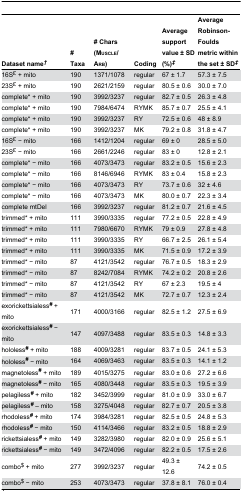
<table><thead><tr><td><b>Dataset name<sup><i>†</i></sup></b></td><td><b># Taxa</b></td><td><b># Chars (Muscle/ Arb)</b></td><td><b>Coding</b></td><td><b>Average support value ± SD (%)<sup><i>‡</i></sup></b></td><td><b>Average Robinson-Foulds metric within the set ± SD<sup><i>‡</i></sup></b></td></tr></thead><tbody><tr><td>16S<sup>£</sup> + mito</td><td>190</td><td>1371/1078</td><td>regular</td><td>67 ± 1.7</td><td>57.3 ± 7.5</td></tr><tr><td>23S<sup>£</sup> + mito</td><td>190</td><td>2621/2159</td><td>regular</td><td>80.5 ± 0.6</td><td>30.0 ± 7.0 </td></tr><tr><td>complete* + mito</td><td>190</td><td>3992/3237</td><td>regular</td><td>82.7 ± 0.5</td><td>26.3 ± 4.8</td></tr><tr><td>complete* + mito</td><td>190</td><td>7984/6474</td><td>RYMK</td><td>85.7 ± 0.7</td><td>25.5 ± 4.1</td></tr><tr><td>complete* + mito</td><td>190</td><td>3992/3237</td><td>RY</td><td>72.5 ± 0.6</td><td>48 ± 8.9</td></tr><tr><td>complete* + mito</td><td>190</td><td>3992/3237</td><td>MK</td><td>79.2 ± 0.8</td><td>31.8 ± 4.7</td></tr><tr><td>16S<sup>£</sup> − mito</td><td>166</td><td>1412/1204</td><td>regular</td><td>69 ± 0</td><td>28.5 ± 5.0</td></tr><tr><td>23S<sup>£</sup> − mito</td><td>166</td><td>2661/2246</td><td>regular</td><td>83 ± 0</td><td>12.8 ± 2.1</td></tr><tr><td>complete* − mito</td><td>166</td><td>4073/3473</td><td>regular</td><td>83.2 ± 0.5</td><td>15.6 ± 2.3</td></tr><tr><td>complete* − mito</td><td>166</td><td>8146/6946</td><td>RYMK</td><td>83 ± 0.4</td><td>15.8 ± 2.3</td></tr><tr><td>complete* − mito</td><td>166</td><td>4073/3473</td><td>RY</td><td>73.7 ± 0.6</td><td>32 ± 4.6</td></tr><tr><td>complete* − mito</td><td>166</td><td>4073/3473</td><td>MK</td><td>80.0 ± 0.7</td><td>22.3 ± 3.4</td></tr><tr><td>complete mtDel</td><td>166</td><td>3992/3237</td><td>regular</td><td>81.2 ± 0.7</td><td>21.6 ± 4.5</td></tr><tr><td>trimmed* + mito</td><td>111</td><td>3990/3335</td><td>regular</td><td>77.2 ± 0.5</td><td>22.8 ± 4.9</td></tr><tr><td>trimmed* + mito</td><td>111</td><td>7980/6670</td><td>RYMK</td><td>79 ± 0.9</td><td>27.8 ± 4.8</td></tr><tr><td>trimmed* + mito</td><td>111</td><td>3990/3335</td><td>RY</td><td>66.7 ± 2.5</td><td>26.1 ± 5.4</td></tr><tr><td>trimmed* + mito</td><td>111</td><td>3990/3335</td><td>MK</td><td>71.5 ± 0.9</td><td>17.2 ± 3.9</td></tr><tr><td>trimmed* − mito</td><td>87</td><td>4121/3542</td><td>regular</td><td>76.7 ± 0.5</td><td>18.3 ± 2.9</td></tr><tr><td>trimmed* − mito</td><td>87</td><td>8242/7084</td><td>RYMK</td><td>74.2 ± 0.2</td><td>20.8 ± 2.6</td></tr><tr><td>trimmed* − mito</td><td>87</td><td>4121/3542</td><td>RY</td><td>67 ± 2.3</td><td>19.5 ± 4</td></tr><tr><td>trimmed* − mito</td><td>87</td><td>4121/3542</td><td>MK</td><td>72.7 ± 0.7</td><td>12.3 ± 2.4</td></tr><tr><td>exorickettsialess<b><sup><i>#</i></sup></b> + mito</td><td>171</td><td>4000/3166</td><td>regular</td><td>82.5 ± 1.2</td><td>27.5 ± 6.9</td></tr><tr><td>exorickettsialess<b><sup><i>#</i></sup></b> − mito</td><td>147</td><td>4097/3488</td><td>regular</td><td>83.5 ± 0.3</td><td>14.8 ± 3.3</td></tr><tr><td>hololess<b><sup><i>#</i></sup></b> + mito</td><td>188</td><td>4009/3281</td><td>regular</td><td>83.7 ± 0.5</td><td>24.1 ± 5.3</td></tr><tr><td>hololess<b><sup><i>#</i></sup></b> − mito</td><td>164</td><td>4069/3463</td><td>regular</td><td>83.5 ± 0.3</td><td>14.1 ± 1.2</td></tr><tr><td>magnetoless<b><sup><i>#</i></sup></b> + mito</td><td>189</td><td>4015/3275</td><td>regular</td><td>83.0 ± 0.6</td><td>27.2 ± 6.6</td></tr><tr><td>magnetoless<b><sup><i>#</i></sup></b> − mito</td><td>165</td><td>4080/3448</td><td>regular</td><td>83.5 ± 0.3</td><td>19.5 ± 3.9</td></tr><tr><td>pelagiless<b><sup><i>#</i></sup></b> + mito</td><td>182</td><td>3452/3999</td><td>regular</td><td>81.0 ± 0.9</td><td>33.0 ± 6.7</td></tr><tr><td>pelagiless<b><sup><i>#</i></sup></b> – mito</td><td>158</td><td>3275/4048</td><td>regular</td><td>82.7 ± 0.7</td><td>20.5 ± 3.8</td></tr><tr><td>rhodoless<b><sup><i>#</i></sup></b> + mito</td><td>174</td><td>3984/3281</td><td>regular</td><td>82.5 ± 0.5</td><td>24.8 ± 5.3</td></tr><tr><td>rhodoless<b><sup><i>#</i></sup></b> − mito</td><td>150</td><td>4114/3466</td><td>regular</td><td>83.2 ± 0.5</td><td>18.8 ± 2.9</td></tr><tr><td>rickettsialess<b><sup><i>#</i></sup></b> + mito</td><td>149</td><td>3282/3980</td><td>regular</td><td>82.0 ± 0.9</td><td>25.6 ± 5.1</td></tr><tr><td>rickettsialess<b><sup><i>#</i></sup></b> − mito</td><td>149</td><td>3472/4096</td><td>regular</td><td>82.2 ± 0.5</td><td>17.5 ± 2.6</td></tr><tr><td>combo<sup>$</sup> + mito</td><td>277</td><td>3992/3237</td><td>regular</td><td>49.3 ± 12.6</td><td>74.2 ± 0.5</td></tr><tr><td>combo<sup>$</sup> − mito</td><td>253</td><td>4073/3473</td><td>regular</td><td>37.8 ± 8.1</td><td>76.0 ± 0.4</td></tr></tbody></table>